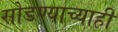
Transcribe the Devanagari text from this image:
सोडण्याच्याही